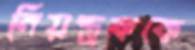
নিয়ন্ত্রককে